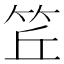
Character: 𥬨